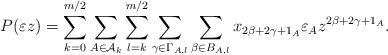
LaTeX: \begin{align*}P(\varepsilon z) =\sum_{k=0}^{m/2}\sum_{A\in \mathcal{A}_k}\sum_{l=k}^{m/2}\sum_{\gamma \in \Gamma_{A,l}}\sum_{\beta \in B_{A,l}} x_{2\beta+2\gamma+1_A} \varepsilon_A z^{2\beta+2\gamma+1_A}.\end{align*}